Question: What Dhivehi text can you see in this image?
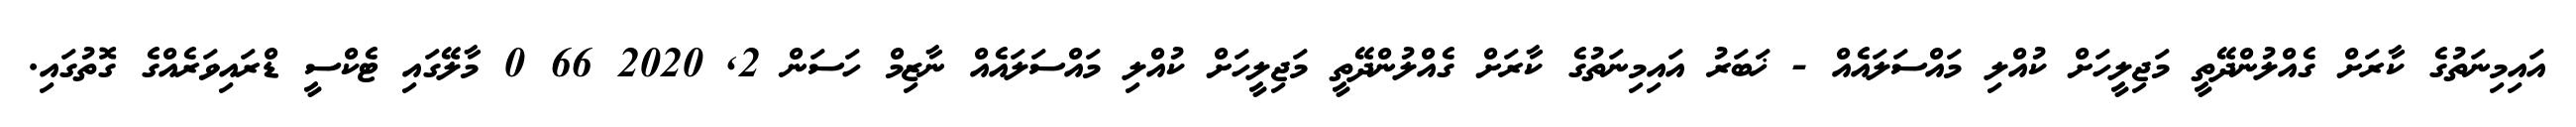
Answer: އައިމިނަތުގެ ކާރަށް ގެއްލުންދޭތީ މަޖިލީހަށް ކުއްލި މައްސަލައެއް - ޚަބަރު އައިމިނަތުގެ ކާރަށް ގެއްލުންދޭތީ މަޖިލީހަށް ކުއްލި މައްސަލައެއް ނާޒިމް ހަސަން 2, 2020 66 0 މާލޭގައި ޓެކްސީ ޑްރައިވަރެއްގެ ގޮތުގައި.